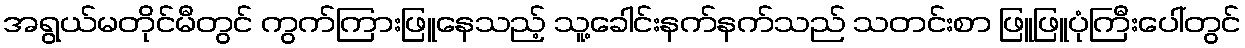
အရွယ်မတိုင်မီတွင် ကွက်ကြားဖြူနေသည့် သူ့ခေါင်းနက်နက်သည် သတင်းစာ ဖြူဖြူပုံကြီးပေါ်တွင်